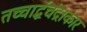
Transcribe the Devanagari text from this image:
तच्चार्द्धचंद्राकारं